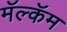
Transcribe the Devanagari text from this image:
मॅल्कॅम